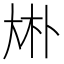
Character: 𠧭